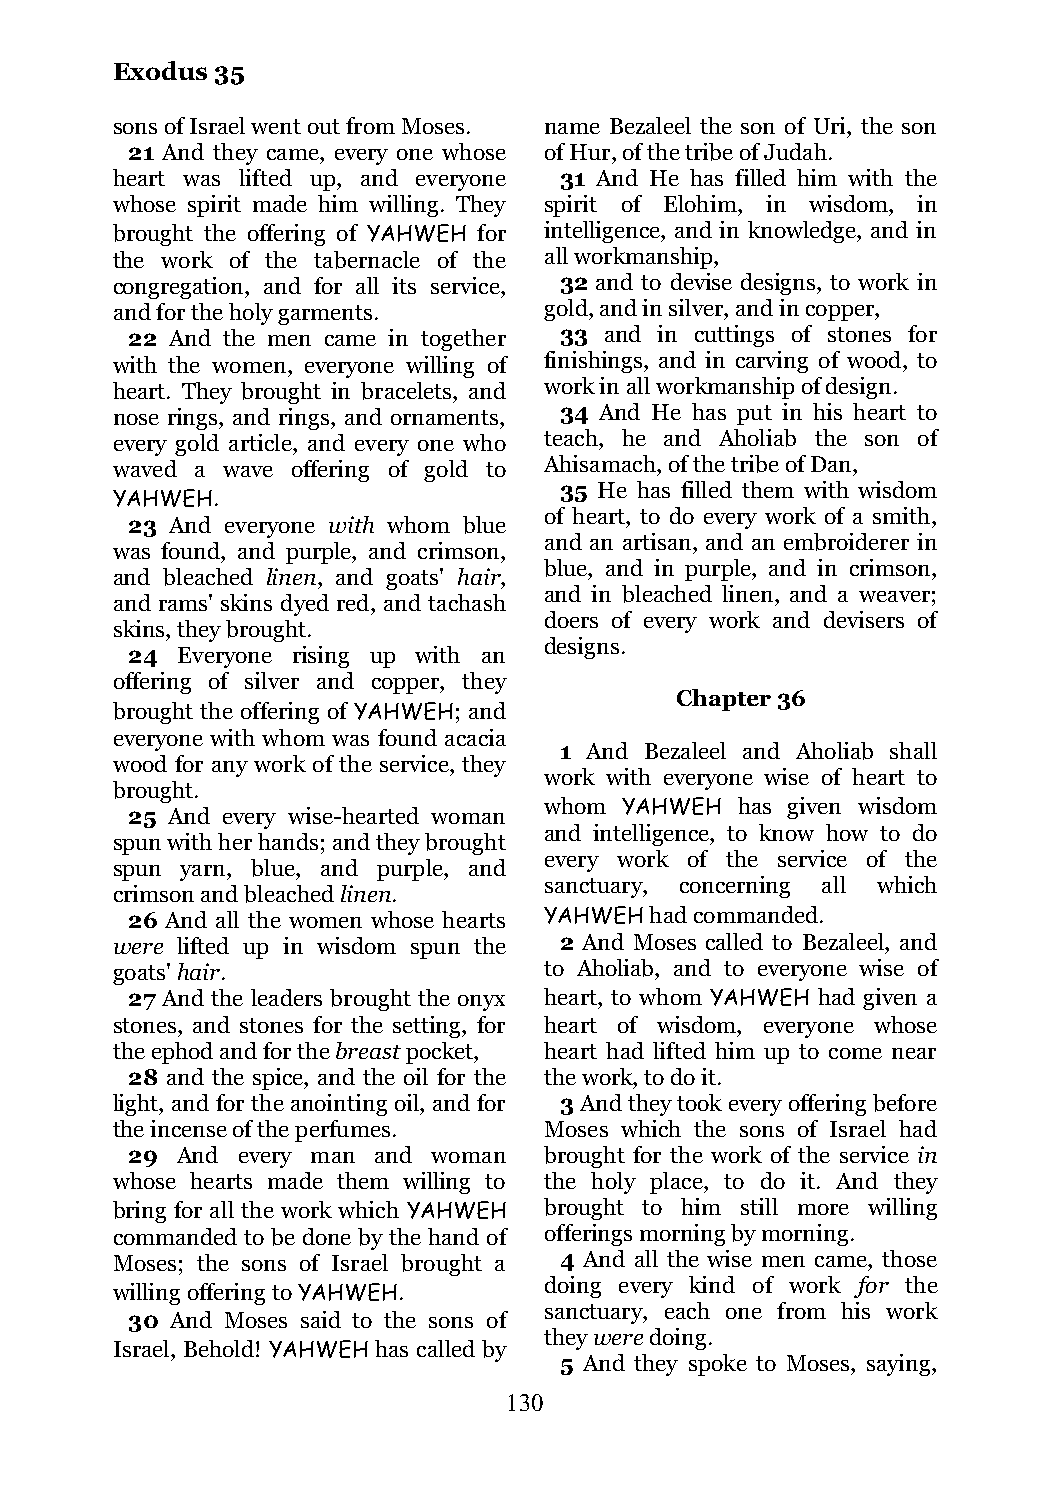
Exodus 35
 sons of Israel went out from Moses. name Bezaleel the son of Uri, the son
 21 And they came, every one whose of Hur, of the tribe of Judah.
 heart was lifted up, and everyone 31 And He has filled him with the
 whose spirit made him willing. They spirit of Elohim, in wisdom, in
 brought the offering of YAHWEH for intelligence, and in knowledge, and in
 the work of the tabernacle of the all workmanship,
 congregation, and for all its service, 32 and to devise designs, to work in
 and for the holy garments.   gold, and in silver, and in copper,
 22 And the men came in together 33 and in cuttings of stones for
 with the women, everyone willing of finishings, and in carving of wood, to
 heart. They brought in bracelets, and work in all workmanship of design.
 nose rings, and rings, and ornaments, 34 And He has put in his heart to
 every gold article, and every one who teach, he and Aholiab the son of
 waved a wave offering of gold to Ahisamach, of the tribe of Dan,
 35 He has filled them with wisdom
 YAHWEH.
 of heart, to do every work of a smith,
 23 And everyone with whom blue
 and an artisan, and an embroiderer in
 was found, and purple, and crimson,
 blue, and in purple, and in crimson,
 and bleached linen, and goats' hair,
 and in bleached linen, and a weaver;
 and rams' skins dyed red, and tachash
 doers of every work and devisers of
 skins, they brought.
 designs.
 24  Everyone rising up with an
 offering of silver and copper, they
 Chapter 36
 brought the offering of YAHWEH; and
 everyone with whom was found acacia
 1 And Bezaleel and Aholiab shall
 wood for any work of the service, they
 work with everyone wise of heart to
 brought.
 whom YAHWEH  has given wisdom
 25 And every wise-hearted woman
 and intelligence, to know how to do
 spun with her hands; and they brought
 every work of the service of the
 spun yarn, blue, and purple, and
 sanctuary, concerning all which
 crimson and bleached linen.
 26 And all the women whose hearts YAHWEH had commanded.
 were lifted up in wisdom spun the 2 And Moses called to Bezaleel, and
 goats' hair.                 to Aholiab, and to everyone wise of
 27 And the leaders brought the onyx heart, to whom YAHWEH had given a
 stones, and stones for the setting, for heart of wisdom, everyone whose
 the ephod and for the breast pocket, heart had lifted him up to come near
 28 and the spice, and the oil for the the work, to do it.
 light, and for the anointing oil, and for 3 And they took every offering before
 the incense of the perfumes. Moses which the sons of Israel had
 29  And every man and woman brought for the work of the service in
 whose hearts made them willing to the holy place, to do it. And they
 bring for all the work which YAHWEH brought to him still more willing
 commanded to be done by the hand of offerings morning by morning.
 Moses; the sons of Israel brought a 4 And all the wise men came, those
 doing every kind of work for the
 willing offering to YAHWEH.
 sanctuary, each one from his work
 30 And Moses said to the sons of
 they were doing.
 Israel, Behold! YAHWEH has called by
 5 And they spoke to Moses, saying,
 130